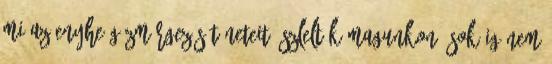
mi az enyhe gázmérgezés tüneteit észleltük magunkon? Sokáig nem